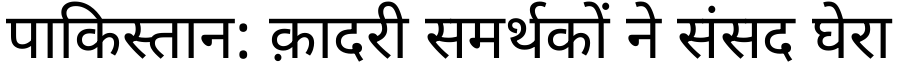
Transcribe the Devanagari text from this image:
पाकिस्तान: क़ादरी समर्थकों ने संसद घेरा